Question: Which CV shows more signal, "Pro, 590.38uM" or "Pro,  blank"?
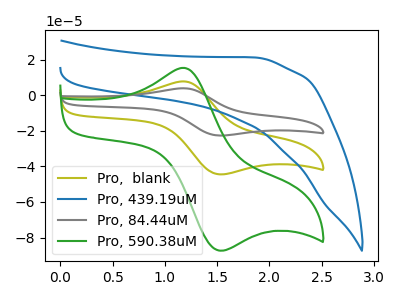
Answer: <think>The olive curve "Pro,  blank" has an anodic peak at (1.15V, 7.90uA) and a cathodic peak at (1.50V, -44.25uA). The blue curve "Pro, 439.19uM" has no peaks. The gray curve "Pro, 84.44uM" has an anodic peak at (1.15V, 15.75uA) and a cathodic peak at (1.50V, -88.50uA). The green curve "Pro, 590.38uM" has an anodic peak at (1.15V, 15.50uA) and a cathodic peak at (1.50V, -87.00uA).
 All the peaks in "Pro, 590.38uM" have a peak in "Pro,  blank" at the same potential. Every peak in "Pro, 590.38uM" is higher than every peak in "Pro,  blank".</think>
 <answer>"Pro, 590.38uM" has more signal than "Pro,  blank".</answer>
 <eval>more_signal</eval>